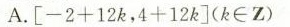
A.$$[ - 2 + 1 2 k ， 4 + 1 2 k ]$$( k \in Z )